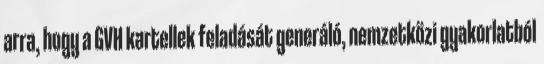
arra, hogy a GVH kartellek feladását generáló, nemzetközi gyakorlatból